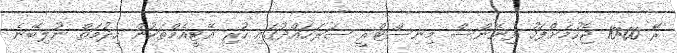
ރޭ 10:00 ޖެހުމަށްފަހު ފިނޭންސް މިނިސްޓްރީ ސަރަަހައްދުގައި ހުރި އޭޓީއެމްތަކުން ހިދުމަތް ނުލިބޭނެ